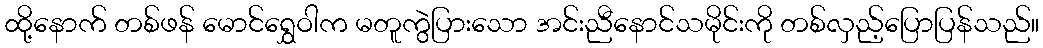
ထို့နောက် တစ်ဖန် မောင်ရွှေဝါက မတူကွဲပြားသော အင်းညီနောင်သမိုင်းကို တစ်လှည့်ပြောပြန်သည်။